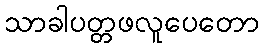
သာခါပတ္တဖလူပေတော